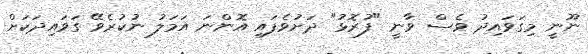
ނޫނީ މިގަވައިދު ވެސް ވާނީ "ފުރޮޅު" ދަށުވެފައި އޮންނަ އަމަލު ނުކުރެވޭ ގަވައިދަކަށް